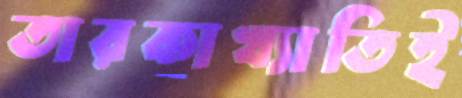
তারকাখ্যাতিই